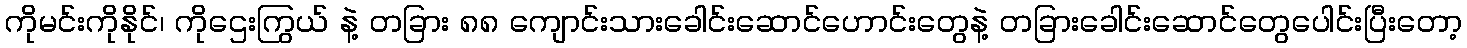
ကိုမင်းကိုနိုင်၊ ကိုဌေးကြွယ် နဲ့ တခြား ၈၈ ကျောင်းသားခေါင်းဆောင်ဟောင်းတွေနဲ့ တခြားခေါင်းဆောင်တွေပေါင်းပြီးတော့